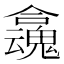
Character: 𡄬